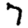
Digit: 7